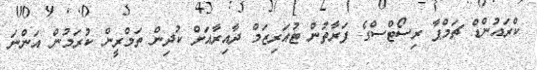
ކްރައުންޑް ޗަމްޕާ ރިސޯޓްސްގެ ފަރާތުން ޓުއަރިޒަމް ދާއިރާއަށް ކުދިން ތަމްރީން ކުރަމުން އަންނަ